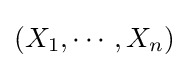
(X_{1},\cdots ,X_{n})